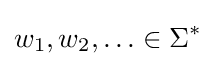
w_{1},w_{2},\ldots \in \Sigma ^{*}